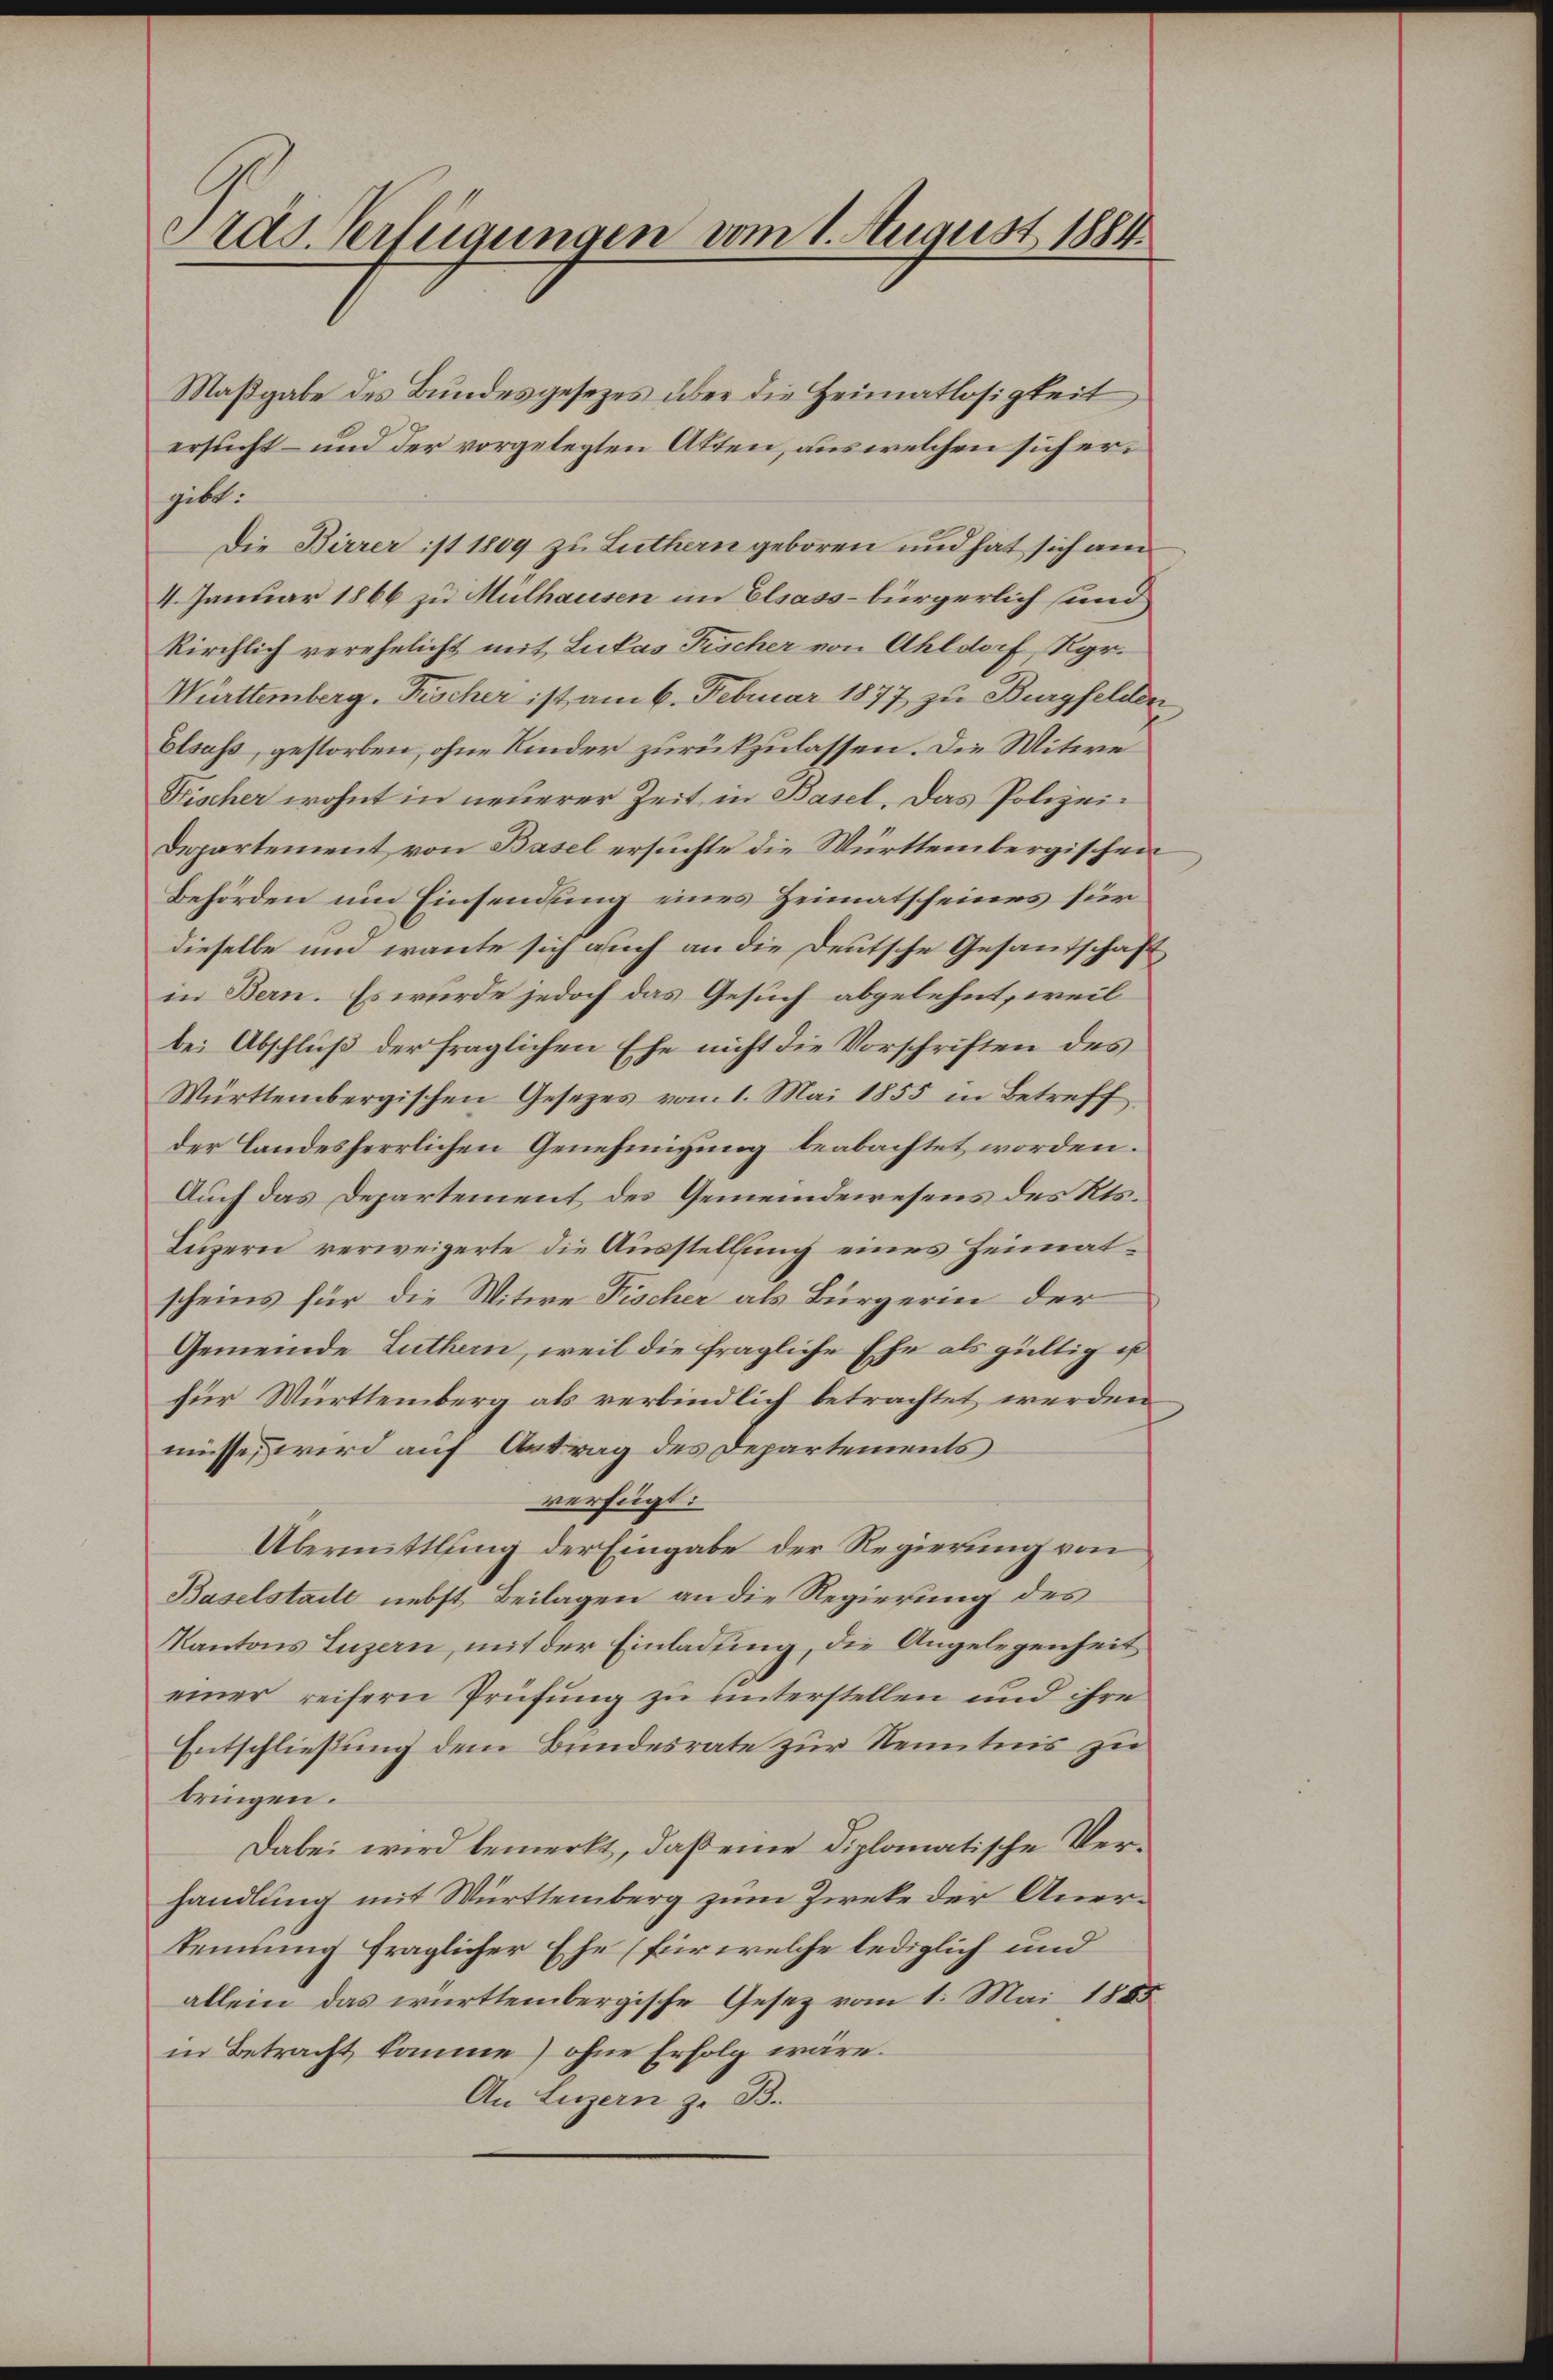
Maßgabe des Bundesgesezes über die Heimatlosigkeit
ersucht und der vorgelegten Atten, aus welchen sich ergibt:
Die Birrer ist 1809 zu Luthern geboren und hat sich am
4. Januar 1866 zu Mülhausen im Elsassbürgerlich und
kirchlich verehelicht mit Lukas Fischer von Ahldorf Rgr.
Mürttemberg. Fischer ist am 6. Februar 1877 zu Burgfelden
Elsass, gestorben, ohne Kinder zurükzulassen. Die Witwe
Fischer wohnt in neuerer Zeit in Basel. Das Polizei¬
Departement von Basel ersuchte die Württembergischen
Behörden um Einsendung eines Heimatscheines für
dieselbe und wante sich auch an die Deutsche Gesandtschaft
in Bern. Es wurde jedoch das Gesuch abgelehnt, weil
bei Abschluß der fraglichen Ehe nicht die Vorschriften des
Württembergischen Gesetzes vom 1. Mai 1855 in Betreff
der Landesherrlichen Genehmigung beabachtet worden.
Auch das Departement des Gemeindewesens des Kts.
Luzern verweigerte die Ausstellung eines Heimatscheins für die Witwe Fischer als Bürgerin der
Gemeinde Luthern, weil die fragliche Ehe als gültig is
für Württemberg als verbindlich betrachtet werden
müsse, wird auf Antrag des Departements
verfügt:
Übermittlung der Eingabe der Regierung von
Baselstadt nebst Beilagen an die Regierung des
Kantons Luzern, mit der Einladung, die Angelegenheit
einer reifern Prüfung zu unterstellen und ihre
Entschließung dem Bundesrate zur Kenntnis zu
bringen.
Dabei wird bemerkt, daß eine diplomatische Verhandlung mit Württemberg zum Zieke der Anerkennung fraglicher Ehe (für welche lediglich und
allein das württembergische Gesetz vom 1. Mai 1885
in Betracht komme) ohne Erfolg wäre.
An Luzern z. B.

Präs. Verfügungen vom 1. August 1884

.